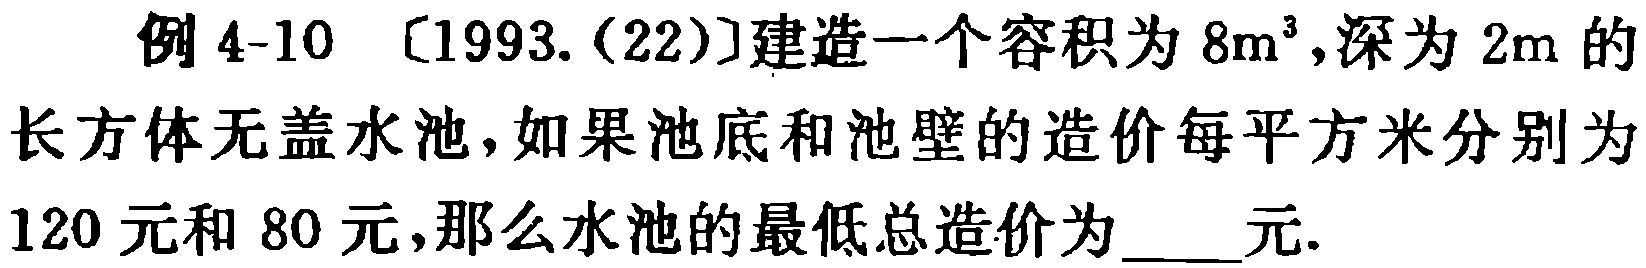
例 4-10 [1993.(22)]建造一个容积为 \(8m^{3}\),深为 \(2m\) 的长方体无盖水池，如果池底和池壁的造价每平方米分别为 120 元和 80 元，那么水池的最低总造价为  元.